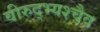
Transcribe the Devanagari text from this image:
वीरुद्भ्यश्चैव